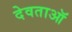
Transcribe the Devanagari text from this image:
देवताऑ